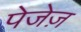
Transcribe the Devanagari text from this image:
पेजेज़